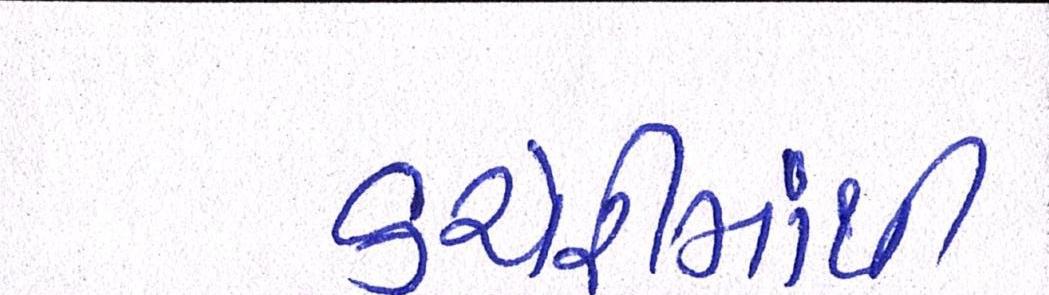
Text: કચેરીમાંથી